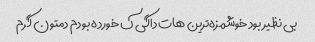
بی نظیر بود خوشمزه‌ترین هات داگی ک خورده بودم دمتون گرم